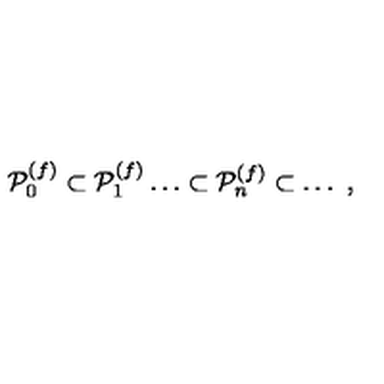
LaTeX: { \cal P } _ { 0 } ^ { ( f ) } \subset { \cal P } _ { 1 } ^ { ( f ) } \dots \subset { \cal P } _ { n } ^ { ( f ) } \subset \dots \ ,